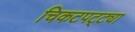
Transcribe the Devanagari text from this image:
चिकटपट्ट्या